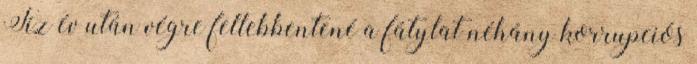
Tíz év után végre fellebbentené a fátylat néhány korrupciós